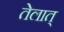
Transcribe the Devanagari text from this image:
तेलात्